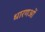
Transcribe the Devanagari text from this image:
धारणओं